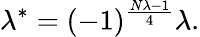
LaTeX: \lambda^{*}=(-1)^{\frac{N\lambda-1}{4}}\lambda.